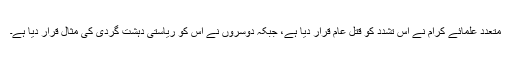
متعدد علمائے کرام نے اس تشدد کو قتل عام قرار دیا ہے، جبکہ دوسروں نے اس کو ریاستی دہشت گردی کی مثال قرار دیا ہے۔